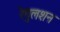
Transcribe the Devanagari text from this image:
रेगुलशन